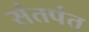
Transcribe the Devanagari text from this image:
संतपंत